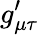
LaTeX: g_{\mu\tau}^{\prime}